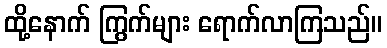
ထို့နောက် ကြွက်များ ရောက်လာကြသည်။